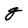
Character: g